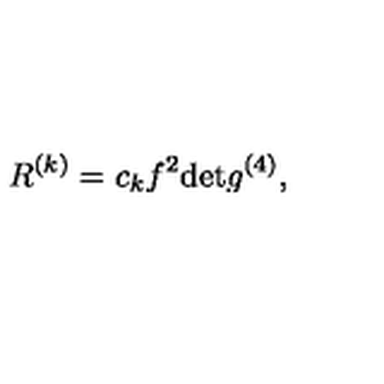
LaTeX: R ^ { ( k ) } = c _ { k } f ^ { 2 } \mathrm { d e t } g ^ { ( 4 ) } ,